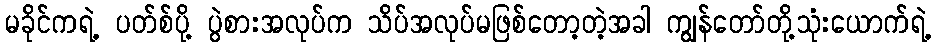
မခိုင်ကရဲ့ ပတ်စ်ပို့ ပွဲစားအလုပ်က သိပ်အလုပ်မဖြစ်တော့တဲ့အခါ ကျွန်တော်တို့သုံးယောက်ရဲ့